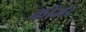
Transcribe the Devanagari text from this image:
कोजर